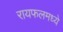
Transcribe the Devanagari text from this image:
रायफलमध्ये